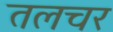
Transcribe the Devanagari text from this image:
तलचर